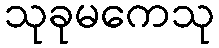
သုခုမကေသု